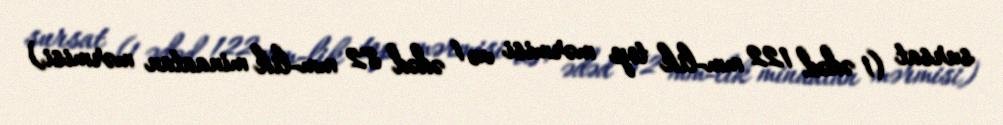
sursat (1 ədəd 122 mm-lik top mərmisi və 1 ədəd 82 mm-lik minaatan mərmisi)